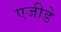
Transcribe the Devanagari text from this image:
एजीडे